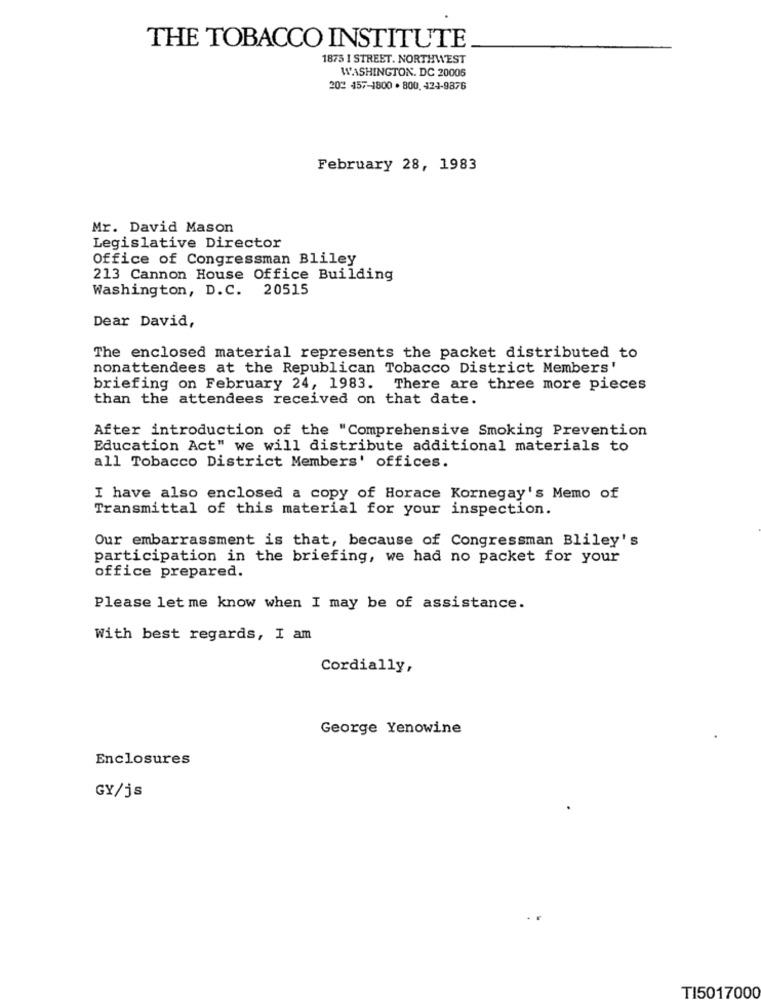
THE TOBACCO INSTITUTE
1875 I STREET. NORTHWEST
WASHINGTON. DC 20006
202 457-1800 · 800. 424-9876
February 28, 1983
Mr. David Mason
Legislative Director
Office of Congressman Bliley
213 Cannon House Office Building
Washington, D.C. 20515
Dear David,
The enclosed material represents the packet distributed to
nonattendees at the Republican Tobacco District Members'
briefing on February 24, 1983. There are three more pieces
than the attendees received on that date.
After introduction of the "Comprehensive Smoking Prevention
Education Act" we will distribute additional materials to
all Tobacco District Members' offices.
I have also enclosed a copy of Horace Kornegay's Memo of
Transmittal of this material for your inspection.
Our embarrassment is that, because of Congressman Bliley's
participation in the briefing, we had no packet for your
office prepared.
Please let me know when I may be of assistance.
With best regards, I am
Cordially,
George Yenowine
Enclosures
GY/js
TI5017000